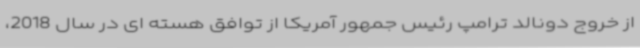
از خروج دونالد ترامپ رئیس جمهور آمریکا از توافق هسته ای در سال 2018،